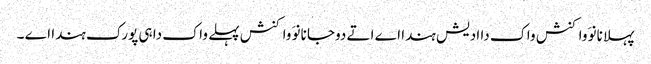
پہلا نانوَ واکنش واک دا ادیش ہندا اے اتے دوجا نانوَ واکنش پہلے واک دا ہی پورک ہندا اے ۔